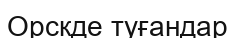
Орскде туғандар